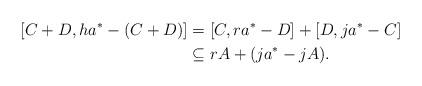
LaTeX: \begin{align*}[C+D, ha^* - (C+D)] & = [C, ra^* - D] + [D, ja^* - C] \\& \subseteq rA + (ja^* - jA). \end{align*}